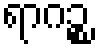
ရာဂဉ္စ